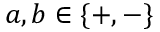
a , b \in \{ + , - \}